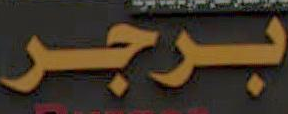
برجر